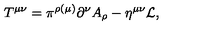
T ^ { \mu \nu } = \pi ^ { \rho ( \mu ) } \partial ^ { \nu } A _ { \rho } - \eta ^ { \mu \nu } { \cal L } ,